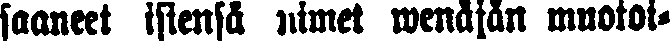
saaneet isiensä nimet wenäjän muotoi-